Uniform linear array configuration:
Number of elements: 4
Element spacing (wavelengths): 0.5
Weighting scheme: blackman
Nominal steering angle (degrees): -60
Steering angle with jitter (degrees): -58.932
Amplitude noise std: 0.05
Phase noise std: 0.05

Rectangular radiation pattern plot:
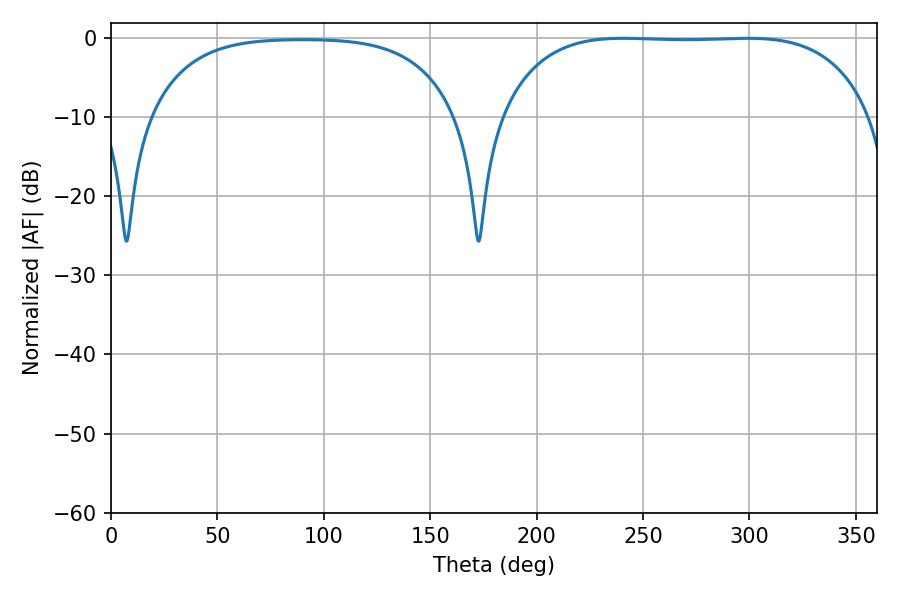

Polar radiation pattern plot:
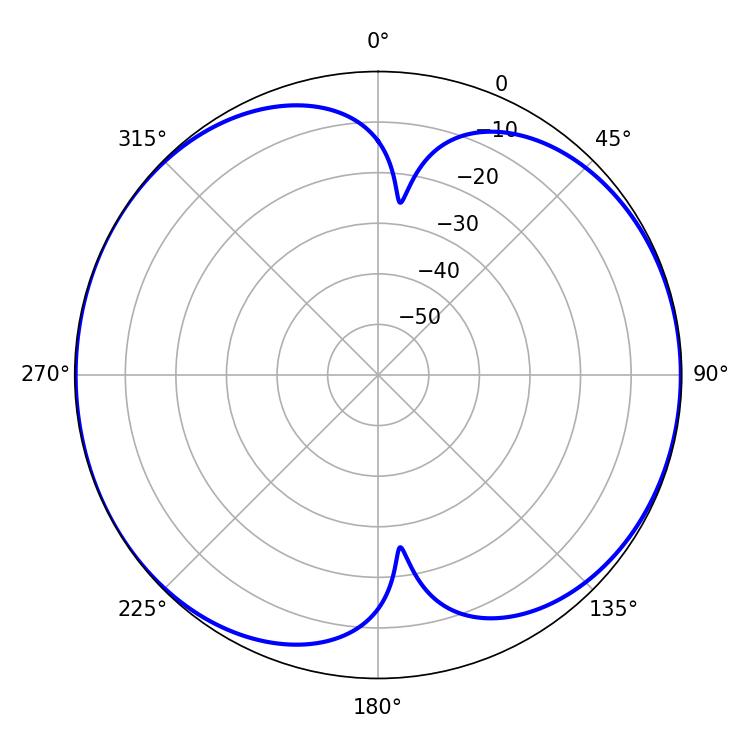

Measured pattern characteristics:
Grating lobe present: FALSE
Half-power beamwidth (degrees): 136.08
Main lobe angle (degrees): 240.84